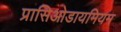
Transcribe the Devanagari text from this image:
प्रासिओडायमियम